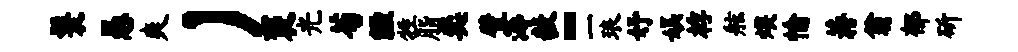
鬟愚爽）褒光荀缠牲脂奕壁溽毅~一琅妤娱桴舷煨愉蒋翁郁斫